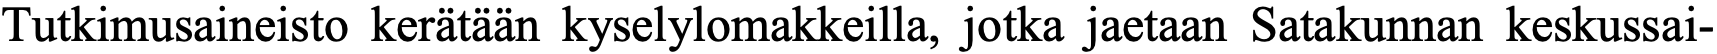
Tutkimusaineisto kerätään kyselylomakkeilla, jotka jaetaan Satakunnan keskussai-